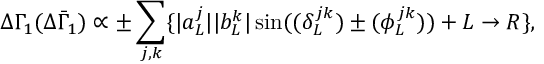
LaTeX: \Delta \Gamma _ { 1 } ( \Delta { \bar { \Gamma } _ { 1 } } ) \propto \pm \displaystyle \sum _ { j , k } \{ \displaystyle | a _ { L } ^ { j } | | b _ { L } ^ { k } | \sin ( \displaystyle ( \delta _ { L } ^ { j k } ) \pm ( \phi _ { L } ^ { j k } ) ) + L \to R \} ,